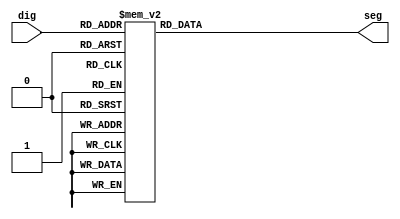
`timescale 1ns / 1ps
//////////////////////////////////////////////////////////////////////////////////
// Company: 
// Engineer: 
// 
// Design Name: 
// Module Name:    SEG7_LUT 
// Project Name: 
// Target Devices: 
// Tool versions: 
// Description: 
//
// Dependencies: 
//
// Revision: 
// Revision 0.01 - File Created
// Additional Comments: 
//
//////////////////////////////////////////////////////////////////////////////////
module SEG7_LUT(dig,seg);
//////////////////////////////////////////////////////////////////////////////////
//		# 	DIG		seg 	    ____a____
//		1	1 OR I	1111001	 |		   |
//		2	2     	0100100	 f		   b
//		3	3		   0110000	 |		   |
//		4	4		   0011001	 ____g____
//		5	5 OR S	0010010	 |			|
//		6	6			0000010	 e		   c
//		7	7			1111000	 |		   |
//		8	8			0000000	 ____d____
//		9	9			0011000
//		0	0			1000000
//		10	p			0001000
//		11	a 			0001000
//		12	u OR w	1000001
//		13	e 			0000110
//		14	r			1001110
//		15	close		1111111
//////////////////////////////////////////////////////////////////////////////////
	input [3:0] dig;
	output reg [6:0] seg;

	always @ (dig)
	begin
		case(dig)
		4'h1: seg = 7'b1111001;//i
		4'h2: seg = 7'b0100100;
		4'h3: seg = 7'b0110000;
		4'h4: seg = 7'b0011001;
		4'h5: seg = 7'b0010010;//s
		4'h6: seg = 7'b0000010;
		4'h7: seg = 7'b1111000;
		4'h8: seg = 7'b0000000;
		4'h9: seg = 7'b0011000;
		4'h0: seg = 7'b1000000;
		4'ha: seg = 7'b0001000;//A
		4'hb: seg = 7'b0000011;//P
		4'hc: seg = 7'b1000110;//M
		4'hd: seg = 7'b0100001;//L
		4'he: seg = 7'b0000100;//F
		4'hf: seg = 7'b1111111;//close
		endcase
	end

endmodule